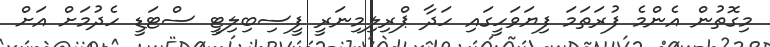
މިގޮތުން އެންމެ ފުރަތަމަ ފިޔަވަހީގައި ހަދާ ޕްރިލިމިނަރީ ފީސިބިލިޓީ ސްޓަޑީ ހެދުމަށް އަށް